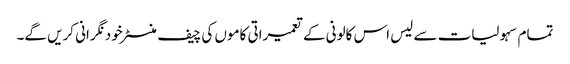
تمام سہولیات سے لیس اس کالونی کے تعمیراتی کاموں کی چیف منسٹر خود نگرانی کریں گے۔